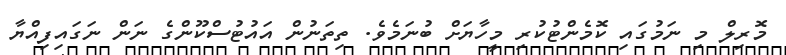
މޮރިލް މި ނަމުގައި ކޮމެންޓުކުރި މީހާޔަށް ބުނަމެވެ. ތިތަނުން އައުޓުސްކޫންގެ ނަން ނަގައިފިއްޔާ